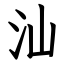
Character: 汕